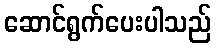
ဆောင်ရွက်ပေးပါသည်